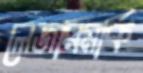
লেজারমার্ক